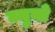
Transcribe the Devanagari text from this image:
ब्युनो